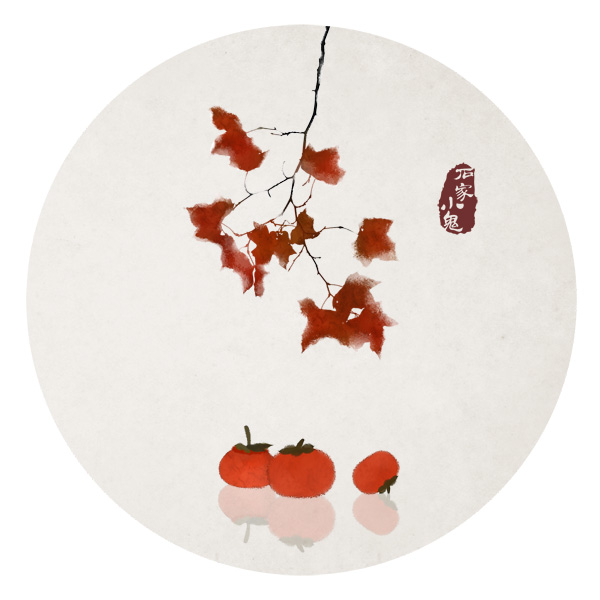
霜降碧天静，秋事促西风。